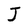
Character: J